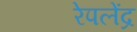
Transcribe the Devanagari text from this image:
रेपलेंद्र